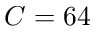
C = 6 4